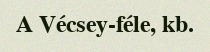
A Vécsey-féle, kb.